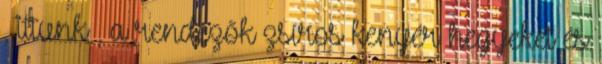
, ittunk , a rendezők zsíros kenyér hegyeket és